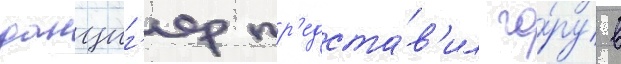
данциг'ер пр'едста́в'ил го́ру в